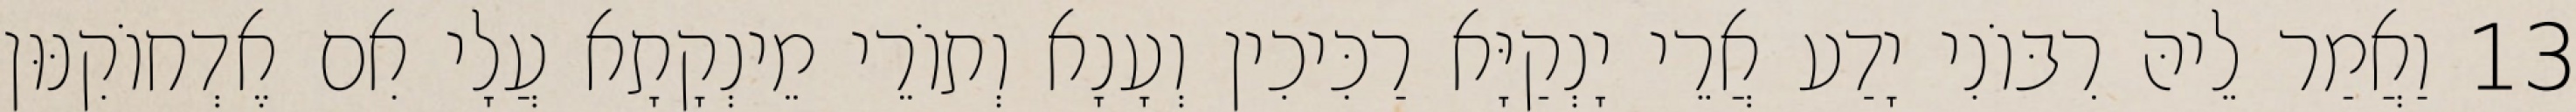
13 וַאֲמַר לֵיהּ רִבּוֹנִי יָדַע אֲרֵי יָנְקַיָּא רַכִּיכִין וְעָנָא וְתוֹרֵי מֵינְקָתָא עֲלָי אִם אֶדְחוֹקִנּוּן